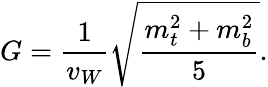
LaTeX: G=\frac{1}{v_{W}}\sqrt{\frac{m_{t}^{2}+m_{b}^{2}}{5}}.